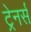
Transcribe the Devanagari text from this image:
ट्रेनर्स